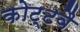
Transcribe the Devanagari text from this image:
कोट्टवै